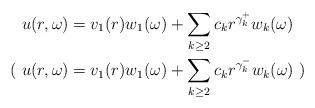
LaTeX: \begin{align*} u(r, \omega) &= v_1(r)w_1(\omega) + \sum_{k\geq 2}c_k r^{\gamma_k^+}w_k(\omega) \\ (\ u(r, \omega) &= v_1(r)w_1(\omega) + \sum_{k\geq 2}c_k r^{\gamma_k^-}w_k(\omega)\ ) \end{align*}